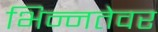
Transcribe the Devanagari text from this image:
भिन्नतेवर